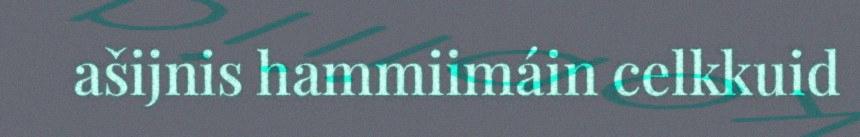
ašijnis hammiimáin celkkuid